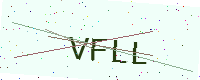
Text: VFLL